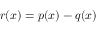
r ( x ) = p ( x ) - q ( x )